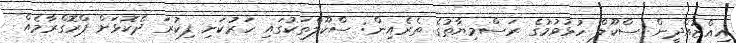
އިއްޒުއްދީން ސްކޫލް ހުޅުވުމުގެ ރަސްމިޔާތުގެ ތެރެއިން: ސްކޫލްތަކުގައި ހަރުކަށި ފިކުރަ ދެކޮޅަށް ޕްރޮގްރާމެއް